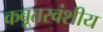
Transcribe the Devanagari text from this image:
कबूतरवंशीय